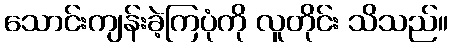
သောင်းကျန်းခဲ့ကြပုံကို လူတိုင်း သိသည်။